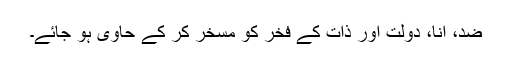
ضد، انا، دولت اور ذات کے فخر کو مسخر کر کے حاوی ہو جائے۔